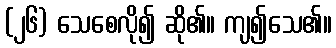
(၂၆) သေစေလို၍ ဆို၏။ ကျ၍သေ၏။